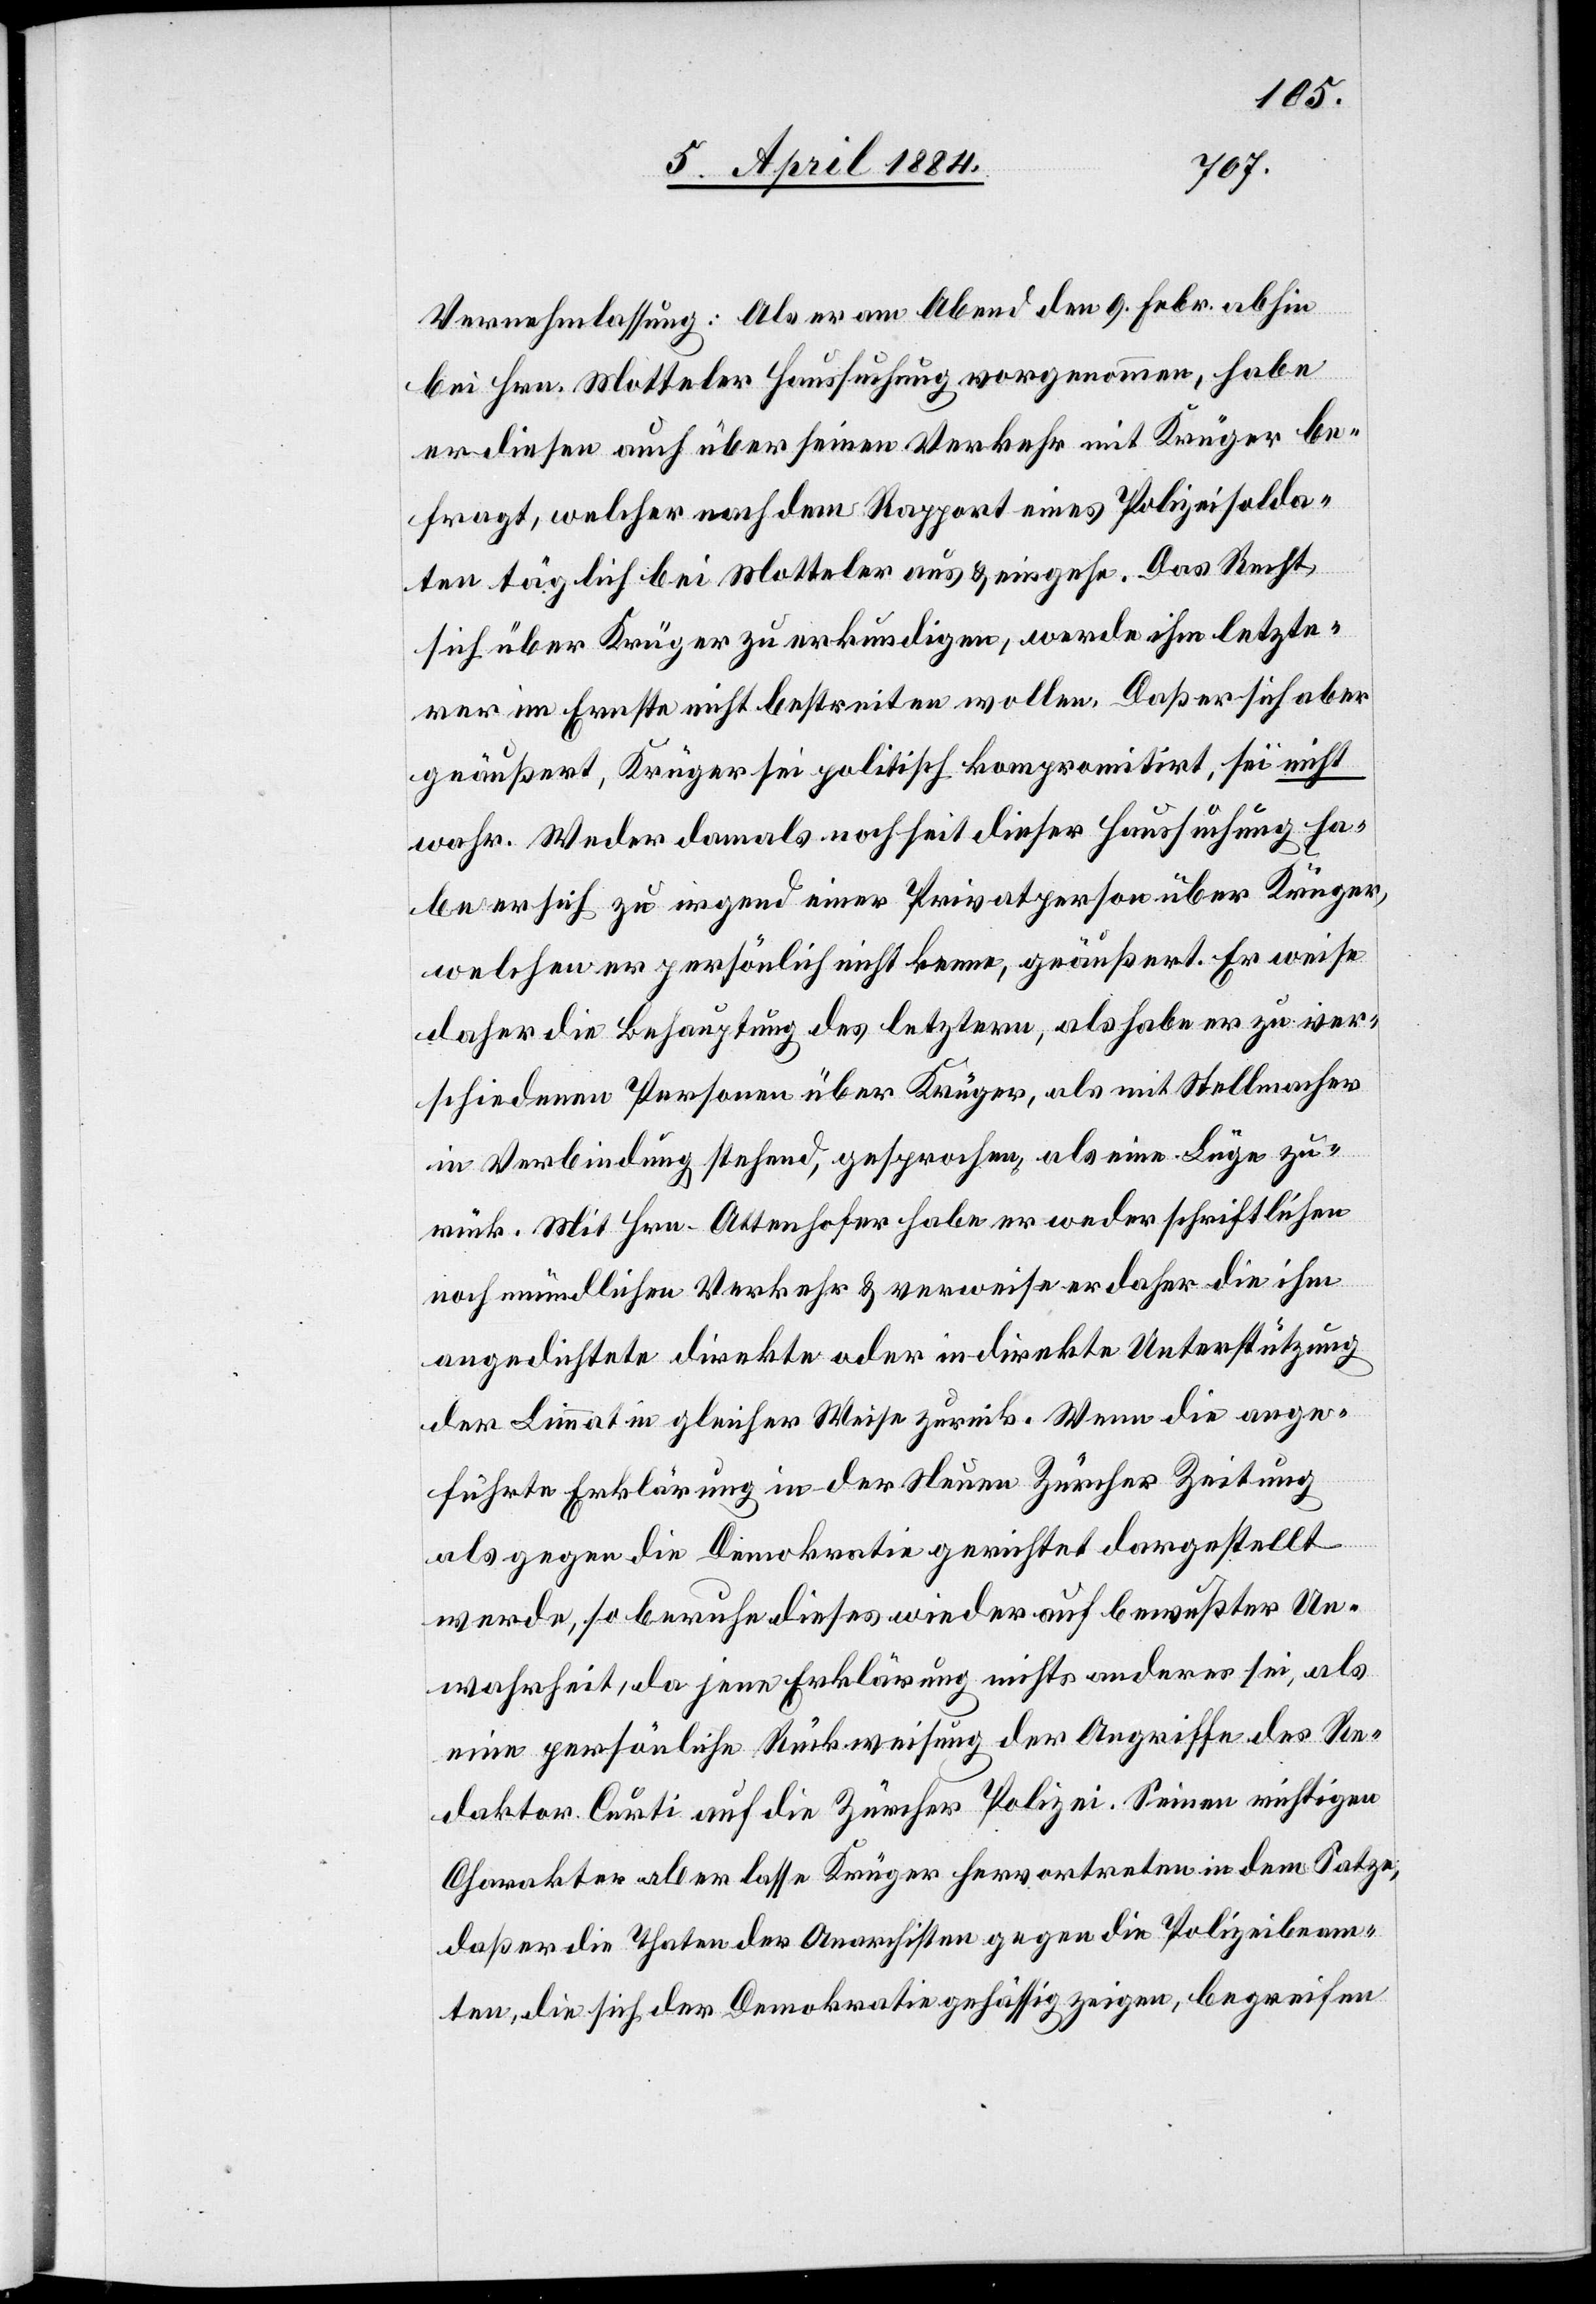
Vernehmlassung: Als er am Abend den 9. Febr. abhin
bei Hrn. Motteler Haussuchung vorgenommen, habe
er diesen auch über seinen Verkehr mit Krüger be¬
fragt, welcher nach dem Rapport eines Polizeisolda¬
ten täglich bei Motteler aus & eingehe. Das Recht,
sich über Krüger zu erkundigen, werde ihm letzte¬
rer im Ernste nicht bestreiten wollen. Daß er sich aber
geäußert, Krüger sei politisch kompromitirt, sei nicht
wahr. Weder damals noch seit dieser Haussuchung ha¬
be er sich zu irgend einer Privatperson über Krüger,
welchen er persönlich nicht kenne, geäußert. Er weise
daher die Behauptung des letztern, als habe er zu ver¬
schiedenen Personen über Krüger, als mit Stellmacher
in Verbindung stehend, gesprochen als eine Lüge zu¬
rück. Mit Hrn. Attenhofer habe er weder schriftlichen
noch mündlichen Verkehr & verweise er daher die ihm
angedichtete direkte oder indirekte Unterstützung
der Limmat in gleicher Weise zurück. Wenn die ange¬
führte Erklärung in der Neuen Zürcher Zeitung
als gegen die Demokratie gerichtet dargestellt
werde, so beruhe dieses wieder auf bewußter Un¬
wahrheit, da jene Erklärung nichts anderes sei, als
eine persönliche Rückweisung der Angriffe des Re¬
daktor Curti auf die Zürcher Polizei. Seinen richtigen
Charakter aber lasse Krüger hervortreten in dem Satze,
daß er die Thaten der Anarchisten gegen die Polizeibeam¬
ten, die sich der Demokratie gehässig zeigen, begreifen